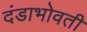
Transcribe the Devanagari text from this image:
दंडाभोवती